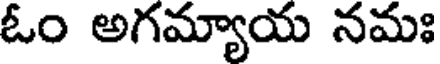
ఓం అగమ్యాయ నమః